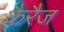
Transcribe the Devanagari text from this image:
कैरैज